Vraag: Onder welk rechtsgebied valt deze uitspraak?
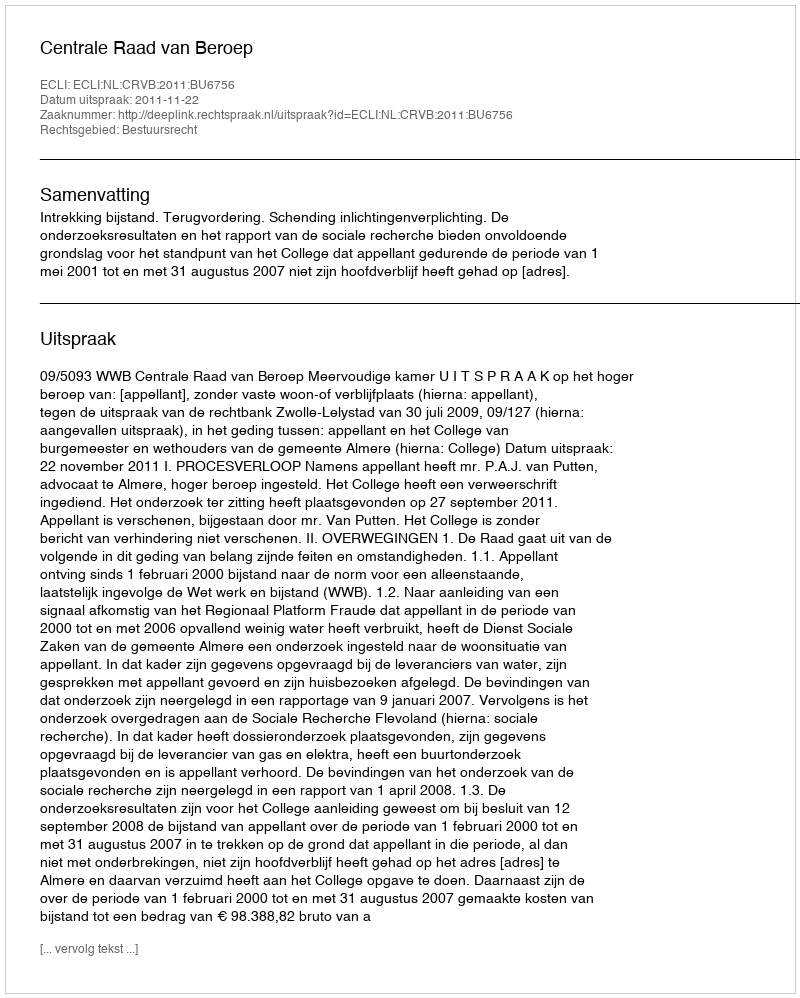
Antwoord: Bestuursrecht